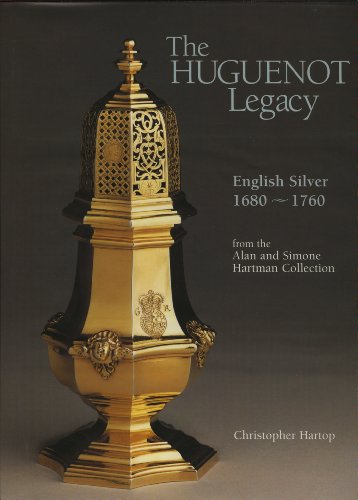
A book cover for The Huguenot Legacy: English Silver 1680-1760; Christopher Hartop; Crafts, Hobbies & Home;